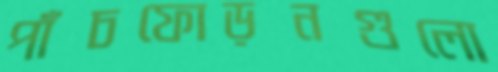
পাঁচফোড়নগুলো